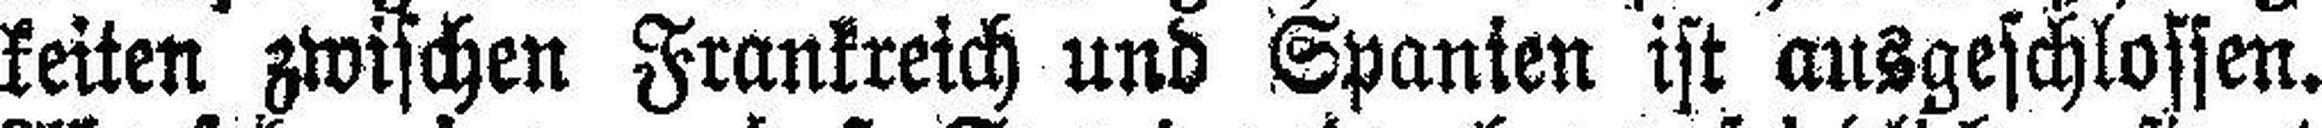
keiten zwischen Frankreich und Spanien ist ausgeschlossen.